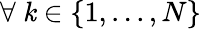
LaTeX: \forall\ \mathit{k}\in\{ 1,...,N\}